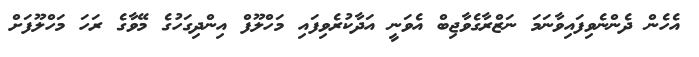
އެހެން ދެންނެވިފައިވާނަމަ ނަޒްރާގެވާޖިބް އެވަނީ އަދާކުރެވިފައި މަހްލޫފް އިންދިގަހުގެ މޭވާގެ ރަހަ މަހްލޫފަށް